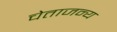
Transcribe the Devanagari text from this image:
चेताजन्य